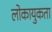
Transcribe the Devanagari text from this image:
लोकायुकता